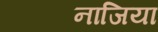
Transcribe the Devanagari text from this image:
नाजिया